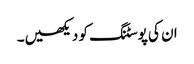
ان کی پوسٹنگ کو دیکھیں۔